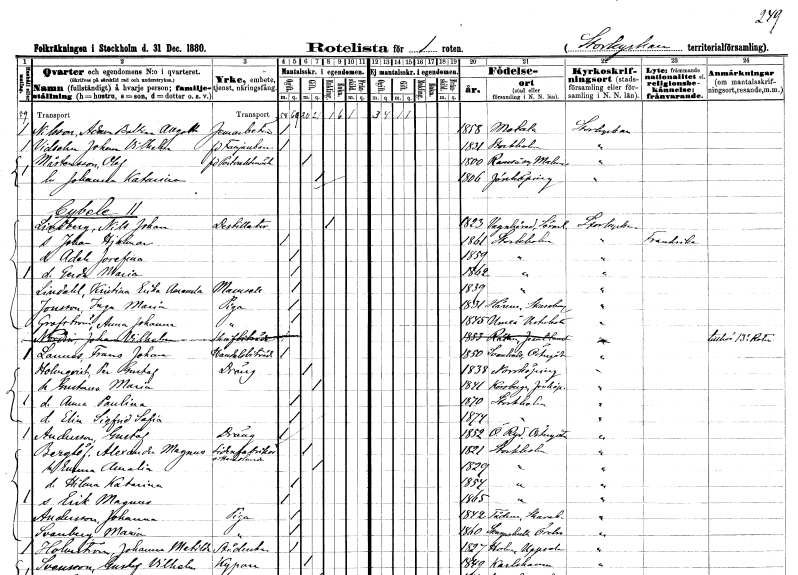
gt_parse: households: individuals: FN: Adam Baltzar Allgoth
EN: Nilsson
YRKE: Järnarbetare
KON: M
CIV: O
FODAR: 1858
FODFORS: Motala Östergötlands län
FN: Johan Vilhelm
EN: Vidsohn
YRKE: Fanjunkare f.d.
KON: M
CIV: O
FODAR: 1831
FODFORS: Stockholm
FN: Olof
EN: Mårtensson
YRKE: Postvaktmästare f.d.
KON: M
CIV: G
FODAR: 1800
FODFORS: Ramsåsa Kristianstads län
FN: Johanna Katarina
KON: K
CIV: G
FODAR: 1806
FODFORS: Jönköping Jönköpings län
FN: Nils Johan
EN: Lindberg
YRKE: Destillatör
KON: M
CIV: E
FODAR: 1823
FODFORS: Vagnhärad Södermanlands län
FN: Johan Hjalmar
KON: M
CIV: O
FODAR: 1861
FODFORS: Stockholm
FN: Adele Josefina
KON: K
CIV: O
FODAR: 1859
FODFORS: Stockholm
FN: Gerda Maria
KON: K
CIV: O
FODAR: 1862
FODFORS: Stockholm
FN: Kristina Erika Amanda
EN: Lindahl
KON: K
CIV: O
FODAR: 1839
FODFORS: Stockholm
FN: Inga Maria
EN: Jonsson
YRKE: Piga
KON: K
CIV: O
FODAR: 1831
FODFORS: Härene Skaraborgs län
FN: Anna Johanna
EN: Grafström
YRKE: Piga
KON: K
CIV: O
FODAR: 1845
FODFORS: Umeå Västerbottens län
FN: Johanna Vilhelmina
EN: Nordin
YRKE: Skrivbiträde
KON: K
CIV: O
FODAR: 1853
FODFORS: Rätan Jämtlands län
FN: Frans Johan
EN: Lannes
YRKE: Handelsbiträde
KON: M
CIV: O
FODAR: 1850
FODFORS: Svanshals Östergötlands län
FN: Per Rudolf
EN: Holmqvist
YRKE: Dräng
KON: M
CIV: G
FODAR: 1838
FODFORS: Norrköping Östergötlands län
FN: Maria Gustava
KON: K
CIV: G
FODAR: 1841
FODFORS: Korsberga Jönköpings län
FN: Anna Paulina
KON: K
CIV: O
FODAR: 1870
FODFORS: Stockholm
FN: Elin Sigfrid Sofia
KON: K
CIV: O
FODAR: 1874
FODFORS: Stockholm
FN: Gustaf
EN: Andersson
YRKE: Dräng
KON: M
CIV: O
FODAR: 1852
FODFORS: Östra Ryd Östergötlands län
FN: Alexander Magnus
EN: Berglöf
YRKE: Sidenfabriksmästare Handlande
KON: M
CIV: G
FODAR: 1821
FODFORS: Stockholm
FN: Emma Amalia
KON: K
CIV: G
FODAR: 1829
FODFORS: Stockholm
FN: Hilma Katarina
KON: K
CIV: O
FODAR: 1854
FODFORS: Stockholm
FN: Erik Magnus
KON: M
CIV: O
FODAR: 1854
FODFORS: Stockholm
FN: Johanna
EN: Andersson
YRKE: Piga
KON: K
CIV: O
FODAR: 1842
FODFORS: Tådene Skaraborgs län
FN: Maria
EN: Svanberg
YRKE: Piga
KON: K
CIV: O
FODAR: 1860
FODFORS: Skagershult Örebro län